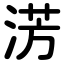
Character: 淓